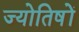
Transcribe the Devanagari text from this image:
ज्योतिषों